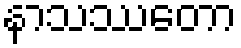
နာသဿတော